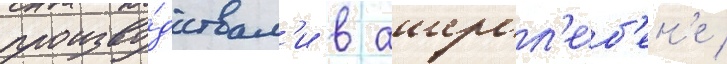
произво́дствам'и в ашерсл'еб'ен'е /